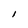
Character: I